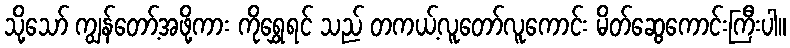
သို့သော် ကျွန်တော့်အဖို့ကား ကိုရွှေရင် သည် တကယ့်လူတော်လူကောင်း မိတ်ဆွေကောင်းကြီးပါ။